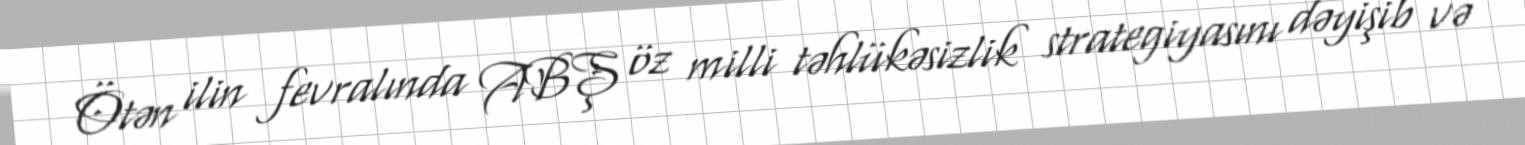
Ötən ilin fevralında ABŞ öz milli təhlükəsizlik strategiyasını dəyişib və